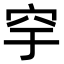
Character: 穻